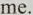
me.